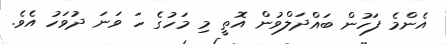
އެންމެ ފަހުން ބައްދަލްވުން އޮތީ މި މަހުގެ ހަ ވަނަ ދުވަހު އެވެ.